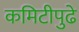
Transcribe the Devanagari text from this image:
कमिटीपुढे